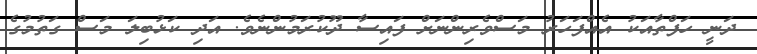
ދަނީ ހަފްތާއަކު އެއްފަހަރު މަސްވެރިންނަށް ފައިސާ ދޫކުރަމުންނެވެ. އަދި ކަޅުބިލަ މަސް ގަތުމުގެ